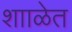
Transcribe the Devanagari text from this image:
शााळेत